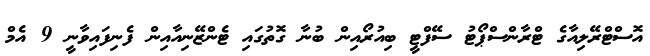
އޮސްޓްރޭލިއާގެ ޓްރާންސްޕޯޓު ސޭފްޓީ ބިއުރޯއިން ބުނާ ގޮތުގައި ޓެންޒޭނިއާއިން ފެނިފައިވާނީ 9 އެމް